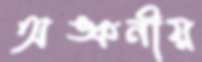
অঙ্কনীয়